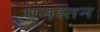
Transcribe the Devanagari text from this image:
एनस्तन